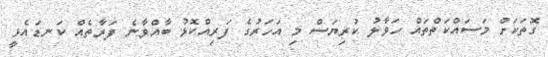
ގޮތަކަށް މަސައްކަތްތައް ހަވާލު ކުރިޔަސް މި އަހަރުގެ ފަރިއްކޮޅު ބާއްވާނެ ފަރާތެއް ކަނޑައެޅީ